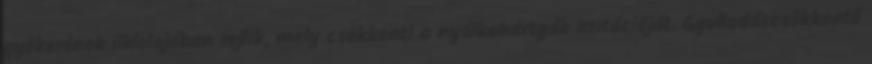
gyökerének illóolajában rejlik, mely csökkenti a nyálkahártyák irritációját. Gyulladáscsökkentő